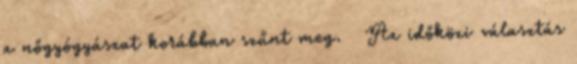
a nőgyógyászat korábban szűnt meg. ↑ Az időközi választás